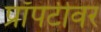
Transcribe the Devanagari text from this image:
प्रॉपर्टीवर